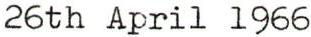
26th April 1966